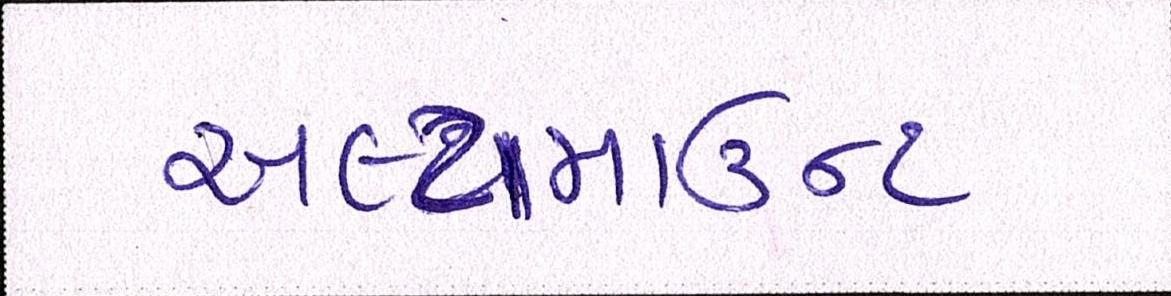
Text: અલ્ટામાઉન્ટ